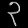
Digit: ၃